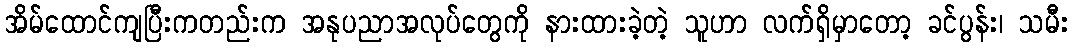
အိမ်ထောင်ကျပြီးကတည်းက အနုပညာအလုပ်တွေကို နားထားခဲ့တဲ့ သူဟာ လက်ရှိမှာတော့ ခင်ပွန်း၊ သမီး